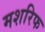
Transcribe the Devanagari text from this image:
मशरिफ